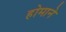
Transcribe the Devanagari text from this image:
होमाने